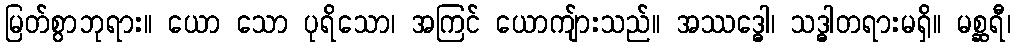
မြတ်စွာဘုရား။ ယော သော ပုရိသော၊ အကြင် ယောကျ်ားသည်။ အဿဒ္ဓေါ၊ သဒ္ဓါတရားမရှိ။ မစ္ဆရီ၊